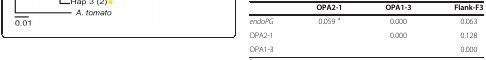
<table><thead><tr><td><b> </b></td><td><b>OPA2-1</b></td><td><b>OPA1-3</b></td><td><b>Flank-F3</b></td></tr></thead><tbody><tr><td><i>endoPG</i></td><td>0.059 <sup>a</sup></td><td>0.000</td><td>0.063</td></tr><tr><td>OPA2-1</td><td> </td><td>0.000</td><td>0.128</td></tr><tr><td>OPA1-3</td><td> </td><td> </td><td>0.000</td></tr></tbody></table>